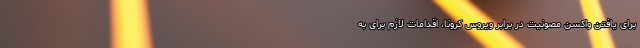
برای یافتن واکسن مصونیت در برابر ویروس کرونا، اقدامات لازم برای به